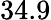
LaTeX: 34.9